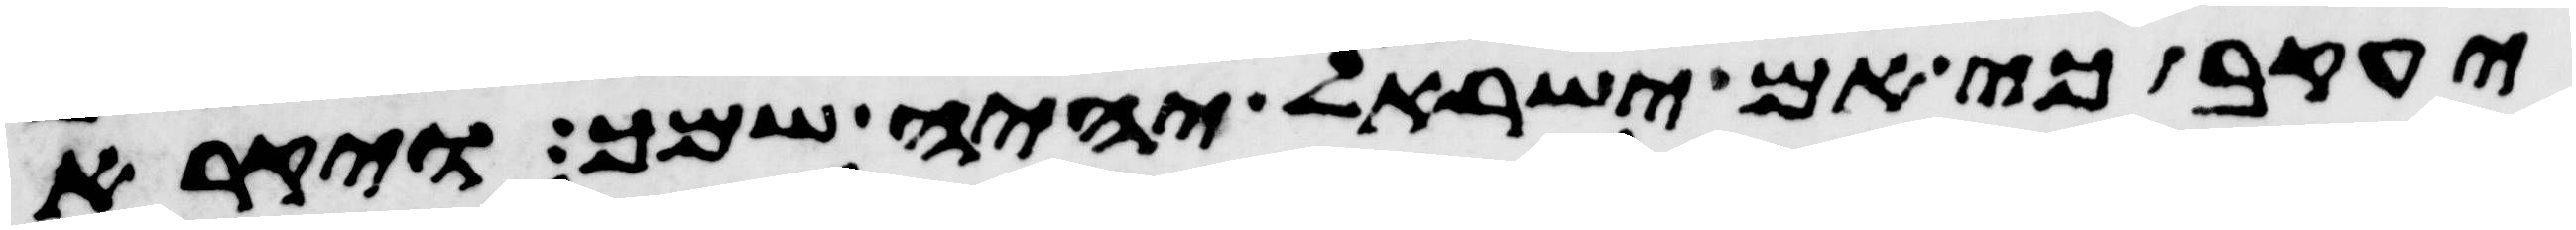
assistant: יעקב כי אם ישראל יהיה שמך ויקרא